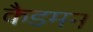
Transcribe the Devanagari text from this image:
कैडमन